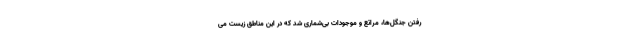
رفتن جنگل‌ها، مراتع و موجودات بی‌شماری شد که در این مناطق زیست می